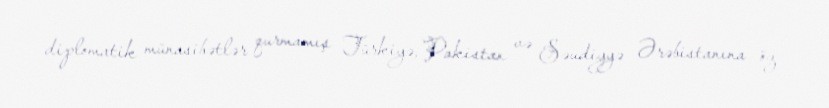
diplomatik münasibətlər qurmamış Türkiyə, Pakistan və Səudiyyə Ərəbistanına öz